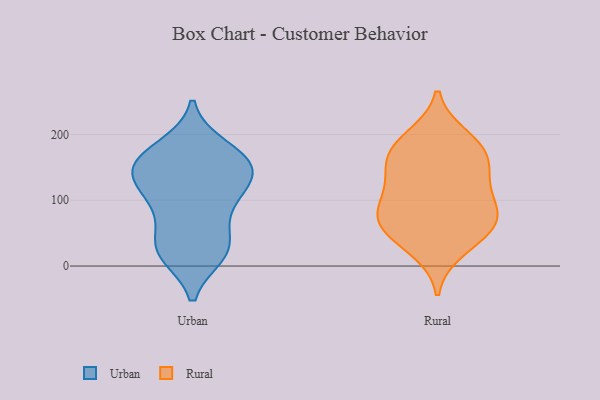
{"axis": {"x": "Temperature (°C)", "y": "Value"}, "legend": ["Rural", "Urban"], "data": [{"x": "", "y": 18, "type": "Urban"}, {"x": "", "y": 133, "type": "Urban"}, {"x": "", "y": 181, "type": "Urban"}, {"x": "", "y": 21, "type": "Urban"}, {"x": "", "y": 86, "type": "Urban"}, {"x": "", "y": 147, "type": "Urban"}, {"x": "", "y": 110, "type": "Urban"}, {"x": "", "y": 159, "type": "Urban"}, {"x": "", "y": 176, "type": "Urban"}, {"x": "", "y": 155, "type": "Urban"}, {"x": "", "y": 89, "type": "Urban"}, {"x": "", "y": 143, "type": "Urban"}, {"x": "", "y": 153, "type": "Urban"}, {"x": "", "y": 118, "type": "Urban"}, {"x": "", "y": 44, "type": "Urban"}, {"x": "", "y": 25, "type": "Urban"}, {"x": "", "y": 24, "type": "Urban"}, {"x": "", "y": 98, "type": "Rural"}, {"x": "", "y": 86, "type": "Rural"}, {"x": "", "y": 171, "type": "Rural"}, {"x": "", "y": 83, "type": "Rural"}, {"x": "", "y": 136, "type": "Rural"}, {"x": "", "y": 164, "type": "Rural"}, {"x": "", "y": 134, "type": "Rural"}, {"x": "", "y": 59, "type": "Rural"}, {"x": "", "y": 57, "type": "Rural"}, {"x": "", "y": 59, "type": "Rural"}, {"x": "", "y": 195, "type": "Rural"}, {"x": "", "y": 26, "type": "Rural"}, {"x": "", "y": 182, "type": "Rural"}]}